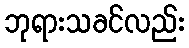
ဘုရားသခင်လည်း